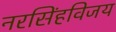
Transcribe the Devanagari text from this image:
नरसिंहविजय